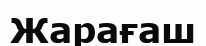
Жарағаш